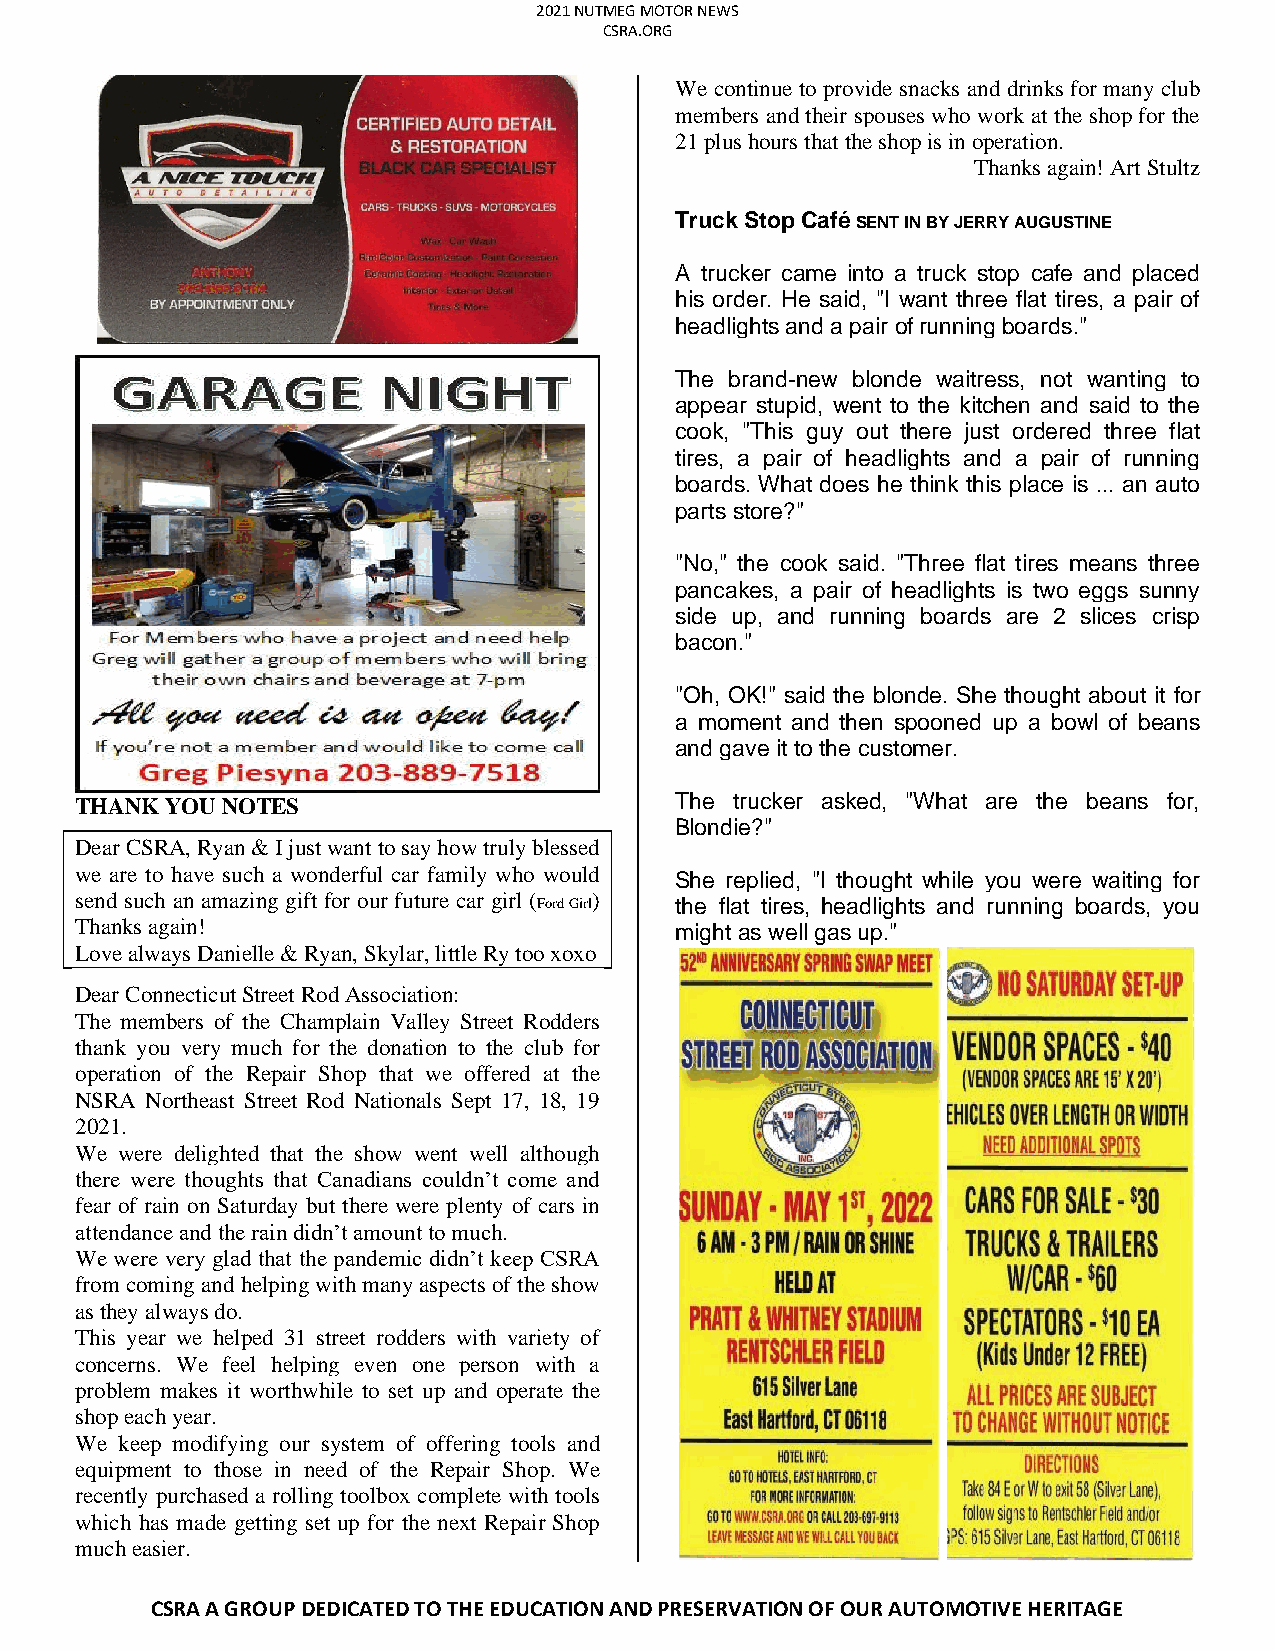
2021 NUTMEG MOTOR NEWS
 CSRA.ORG
 We continue to provide snacks and drinks for many club
 members and their spouses who work at the shop for the
 21 plus hours that the shop is in operation.
 Thanks again! Art Stultz
 Truck Stop Café SENT IN BY JERRY AUGUSTINE
 A trucker came into a truck stop cafe and placed
 his order. He said, "I want three flat tires, a pair of
 headlights and a pair of running boards."
 The brand-new blonde waitress, not wanting to
 appear stupid, went to the kitchen and said to the
 cook, "This guy out there just ordered three flat
 tires, a pair of headlights and a pair of running
 boards. What does he think this place is ... an auto
 parts store?"
 "No," the cook said. "Three flat tires means three
 pancakes, a pair of headlights is two eggs sunny
 side up, and running boards are 2 slices crisp
 bacon."
 "Oh, OK!" said the blonde. She thought about it for
 a moment and then spooned up a bowl of beans
 and gave it to the customer.
 THANK YOU NOTES                         The trucker asked, "What are the beans for,
 Blondie?"
 Dear CSRA, Ryan & I just want to say how truly blessed
 we are to have such a wonderful car family who would She replied, "I thought while you were waiting for
 send such an amazing gift for our future car girl ( Ford Girl) the flat tires, headlights and running boards, you
 Thanks again!                           might as well gas up."
 Love always Danielle & Ryan, Skylar, little Ry too xoxo
 Dear Connecticut Street Rod Association:
 The members of the Champlain Valley Street Rodders
 thank you very much for the donation to the club for
 operation of the Repair Shop that we offered at the
 NSRA Northeast Street Rod Nationals Sept 17, 18, 19
 2021.
 We were delighted that the show went well although
 there were thoughts that Canadians couldn’t come and
 fear of rain on Saturday but there were plenty of cars in
 attendance and the rain didn’t amount to much.
 We were very glad that the pandemic didn’t keep CSRA
 from coming and helping with many aspects of the show
 as they always do.
 This year we helped 31 street rodders with variety of
 concerns. We feel helping even one person with a
 problem makes it worthwhile to set up and operate the
 shop each year.
 We keep modifying our system of offering tools and
 equipment to those in need of the Repair Shop. We
 recently purchased a rolling toolbox complete with tools
 which has made getting set up for the next Repair Shop
 much easier.
 CSRA A GROUP DEDICATED TO THE EDUCATION AND PRESERVATION OF OUR AUTOMOTIVE HERITAGE